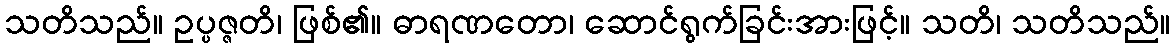
သတိသည်။ ဥပ္ပဇ္ဇတိ၊ ဖြစ်၏။ ဓာရဏတော၊ ဆောင်ရွက်ခြင်းအားဖြင့်။ သတိ၊ သတိသည်။